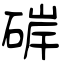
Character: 硸